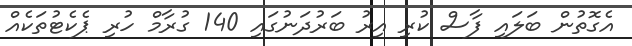
އެގޮތުން ބަލައި ފާސް ކުރި އިރު ބަރުދަނުގައި 140 ގުރާމް ހުރި ޕެކެޓުތަކެއް